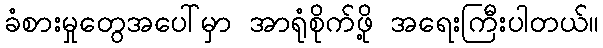
ခံစားမှုတွေအပေါ်မှာ အာရုံစိုက်ဖို့ အရေးကြီးပါတယ်။